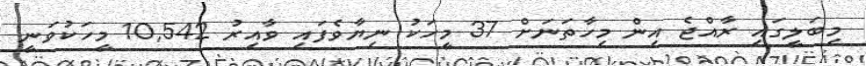
މިބަލީގައި ރާއްޖެ އިން މިހާތަނަށް 37 މީހަކު ނިޔާވެފައި ވާއިރު 10